Report on the nature of kala-azar
Disease focus: Kala-Azar
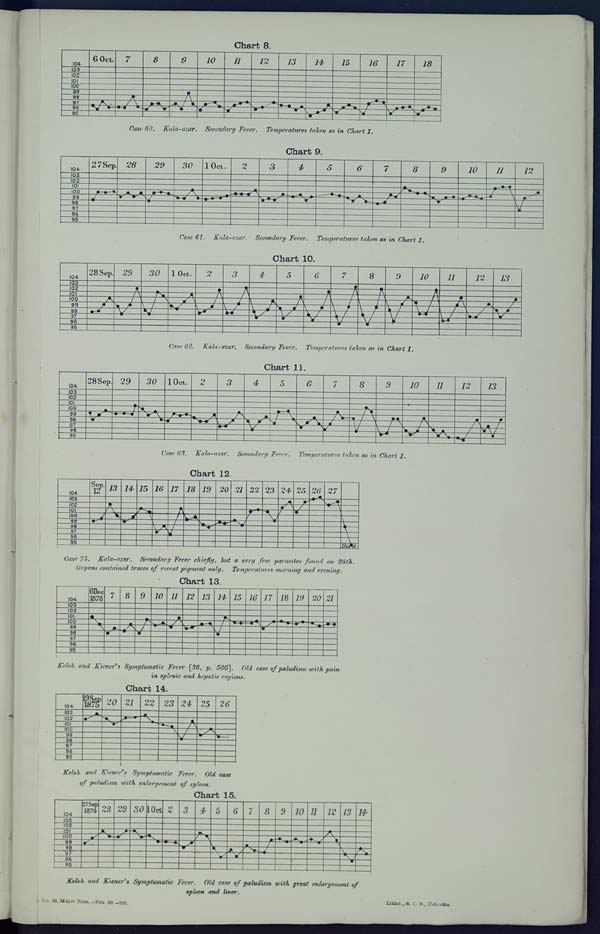
Chart 8.
Case 60, Kala-azar. Secondary Fever. Temperatures taken as in Chart 1.
Chart 9.
Case 61. Kala-azar. Secondary Fever. Temperatures taken as in Chart 1.
Chart 10.
Case 62. Kala-azar. Secondary Fever. Temperatures taken as in Chart 1.
Chart 11.
Case 63. Kala-azar. Secondary Fever. Temperatures taken as in Chart 1.
Chart 12.
Case 75. Kala-azar. Secondary Fever chiefly, but a very few parasites found on 26th.
Organs contained traces of recent pigment only. Temperatures morning and evening.
Chart 13.
Kelsh and Kiener's Symptomatic Fever [36, p. 566]. Old case of paludism with pain
in splenic and hepatic regions.
Chart 14.
Kelsh and Kiener's Symptomatic Fever. Old case
of paludism with enlargement of spleen.
Chart 15.
Kelsh and Kiener's Symptomatic Fever. Old case of paludism with great enlargement of
spleen and liver.
Reg. No. 38, Major Ross. -Feb.
99.-250.
Litho., S. I. O., Calcutta.